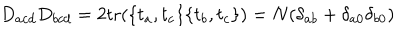
LaTeX: D _ { a c d } D _ { b c d } = 2 \mathrm { t r } ( \{ t _ { a } , t _ { c } \} \{ t _ { b } , t _ { c } \} ) = N ( \delta _ { a b } + \delta _ { a 0 } \delta _ { b 0 } )